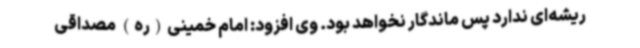
ریشه‌ای ندارد پس ماندگار نخواهد بود. وی افزود: امام خمینی(ره) مصداقی